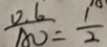
\frac { 0 . 6 } { A O } = \frac { 1 } { 2 }